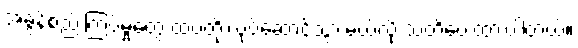
အခွန်စည်းကြပ်မှုတွေ ထပ်တိုးလုပ်ဆောင်သွားမယ်လို့ သတိပေးထားပါတယ်။